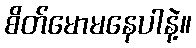
စိတ်မောမနေပါနဲ့။